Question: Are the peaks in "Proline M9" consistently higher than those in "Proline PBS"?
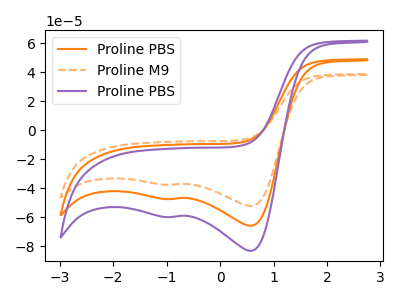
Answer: <think>The orange curve "Proline PBS" has cathodic peaks at (0.60V, -65.70uA) (-0.90V, -47.30uA). The orange dashed curve "Proline M9" has cathodic peaks at (0.60V, -52.05uA) (-0.90V, -37.45uA). The purple curve "Proline PBS" has cathodic peaks at (0.60V, -131.40uA) (-0.90V, -94.60uA).</think>
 <answer>Every peak in "Proline M9" is lower than every peak in "Proline PBS".</answer>
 <eval>lower</eval>